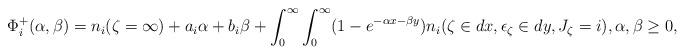
LaTeX: \begin{align*}\Phi^+_i(\alpha, \beta) = {n}_i(\zeta = \infty) + a_i \alpha + b_i \beta + \int_0^\infty\int_0^\infty (1-e^{-\alpha x -\beta y})n_i(\zeta \in dx, \epsilon_\zeta \in dy, J_\zeta = i),\alpha,\beta\geq 0, \end{align*}